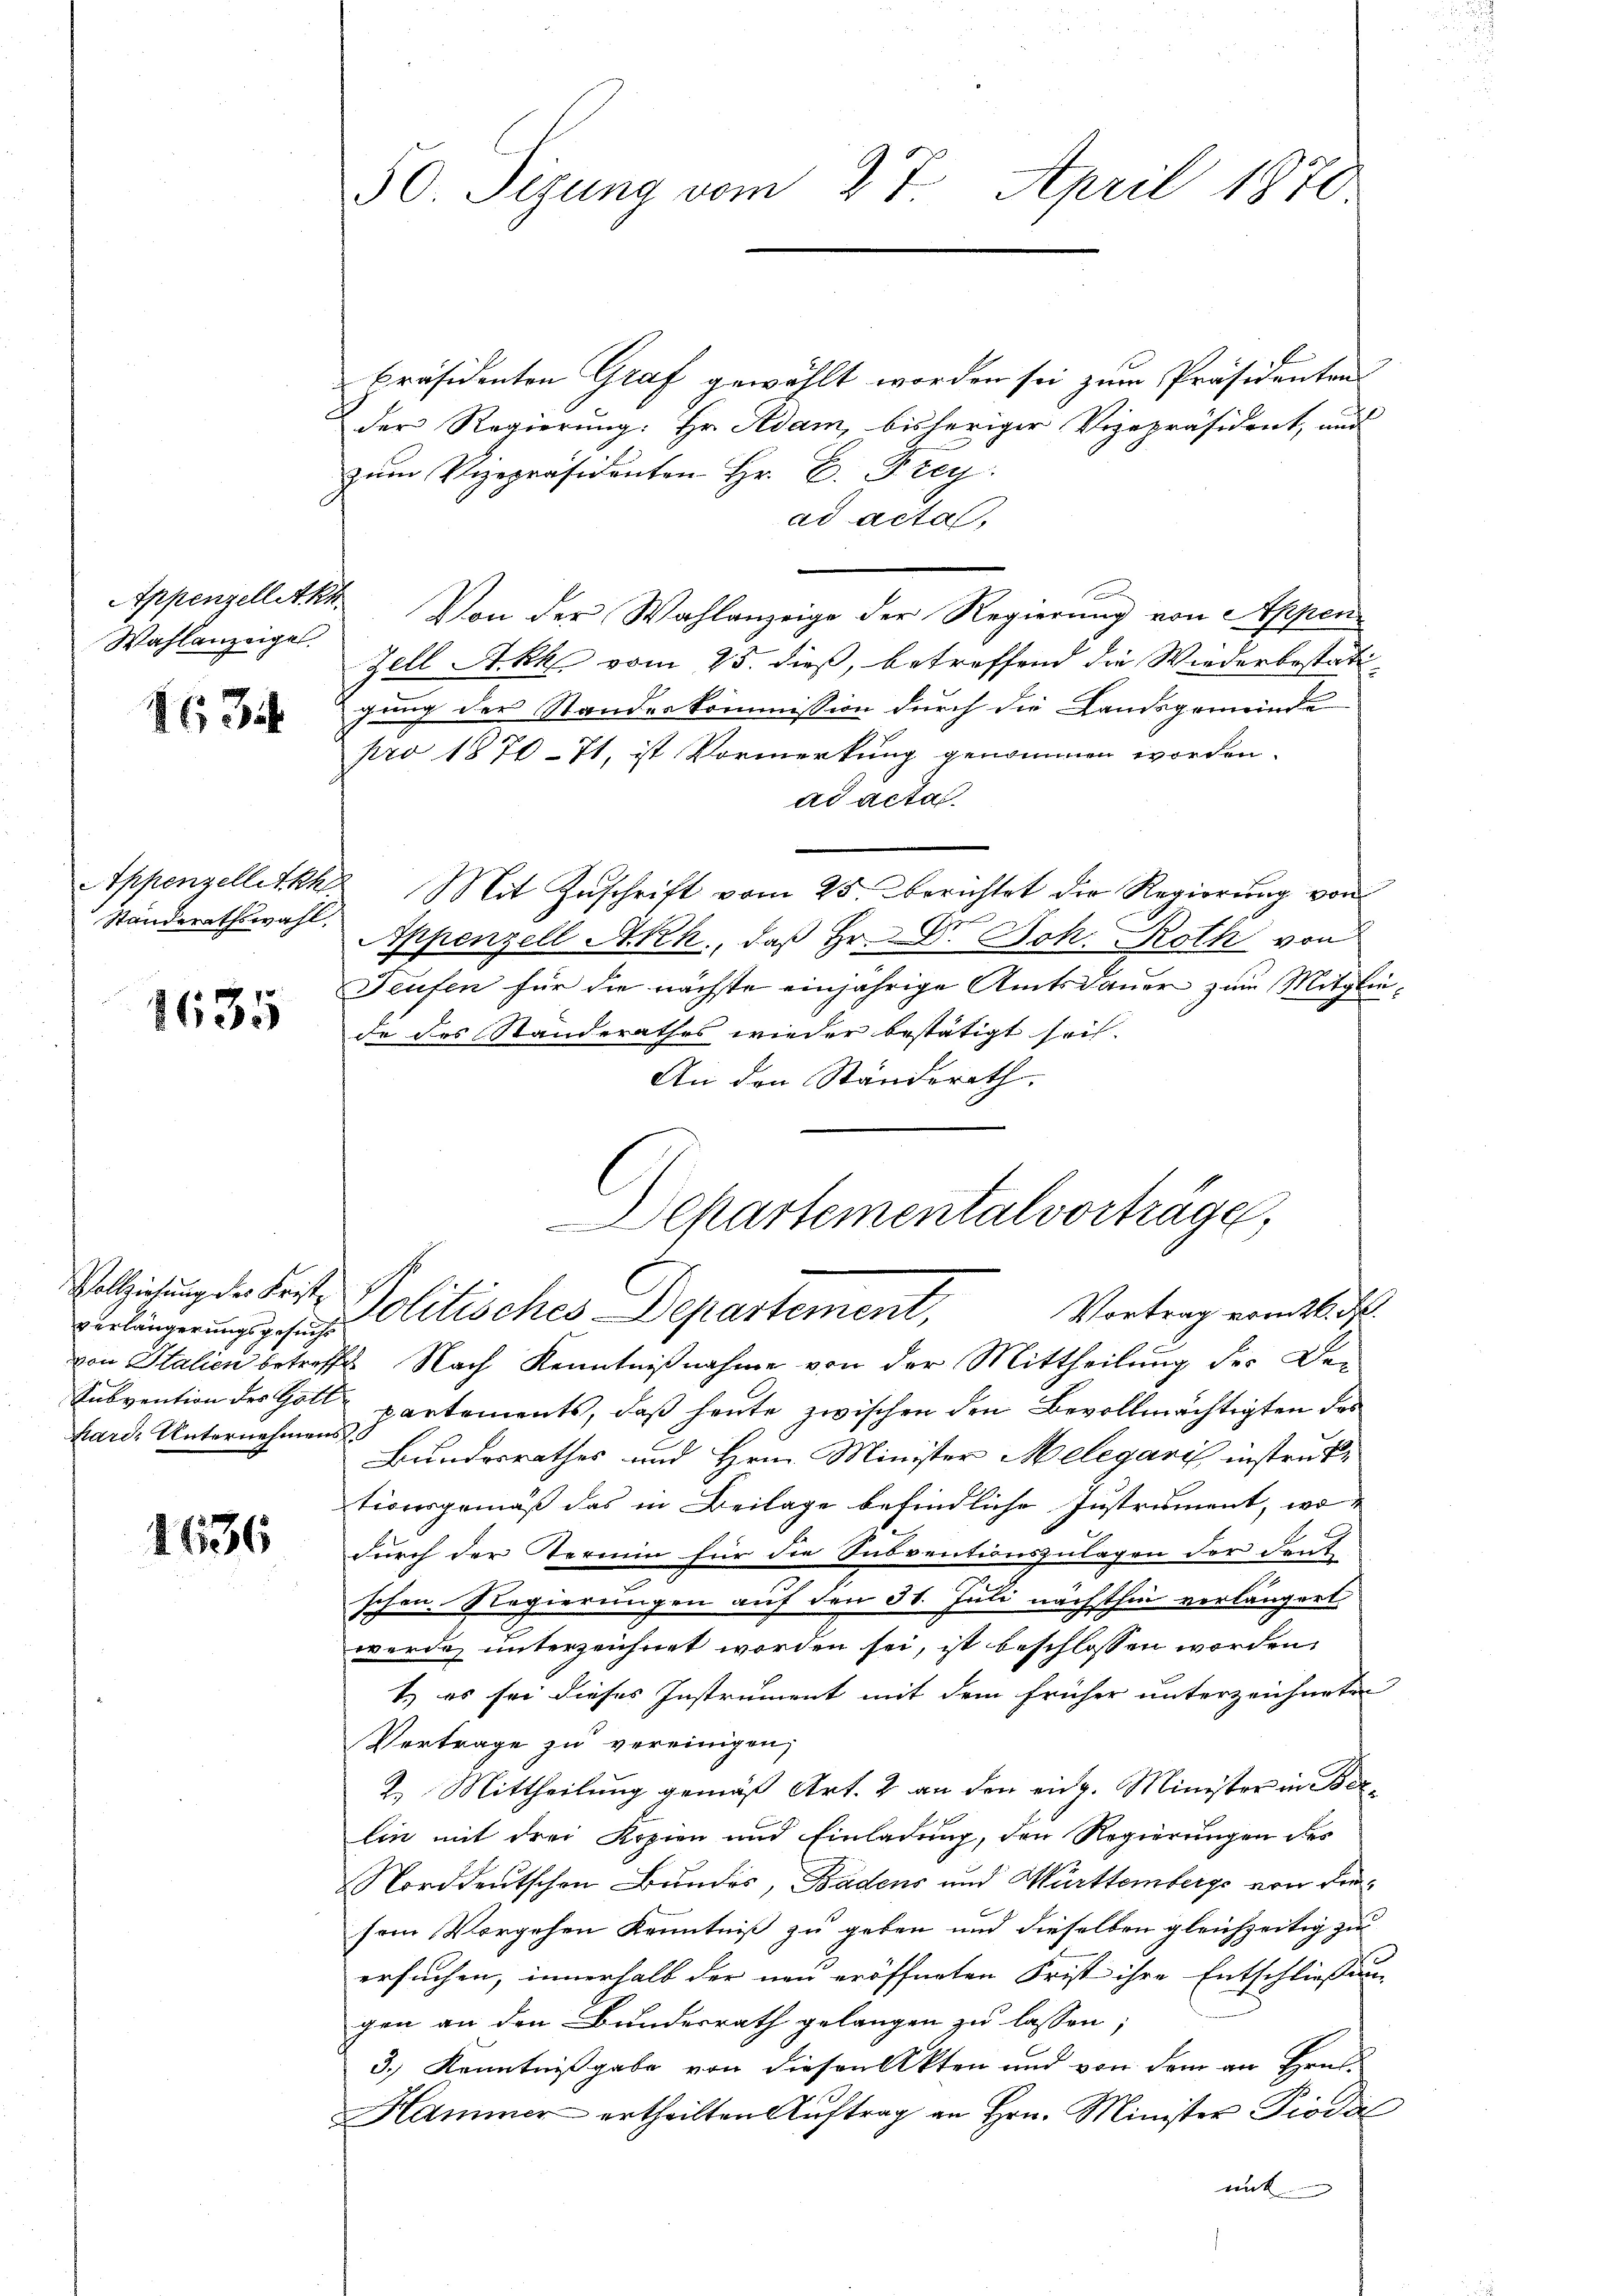
Wahlanzeigel.

635

1635

verlängerungsgesuchs
hard. Unternehmens

1636

50. Sizung vom 27. April 1870

Präsidenten Graf gewählt worden sei zum Präsidenten
der Regierung: Hr. Adam, bisheriger Vizepräsident, und
zum Vizepräsidenten Hr. C. Frey.
ad acta,
f
Appenzelletkt. Von der Wahlanzeige der Regierung von Appen
Zell Akk vom 25. dieß, betreffend die Wiederbestattgung der Standeskommission durch die Landsgemeinde
pro 1870 - 7t, ist Vormerkung genommen worden.
ad acta
Appenzelletkh. Mit Zŭschrift vom 25. berichtet die Regierŭng von
Standerathswahl. Appenzell Akh., daß Hr. Dr. Joh. Roth von
Teufen für die nächste einjährige Amtsdauer zum Mitgliede des Standerathes wieder bestätigt sei.
An den Ständerath,
Departementalvorträge,
Vollziehung der Friste Politisches Departement,
Vortrag vom 26. d.
von Italien betreffe. Nach Kenntnißnahme von der Mittheilung der De-
Subvention der Gott partements, daß heute zwischen den Bevollmächtigten des
Bundesrathes und Hrn. Minister Melegaris instruktionsgemäß das in Beilage befindliche Instrument, wo-
durch der Termin für die Subventionszulagen der deut
schon, Regierungen auf den 31. Juli nächsthin verlängert
werde unterzeichnet worden sei, ist beschlossen worden,
t.) es sei dieses Instrument mit dem früher unterzeichnete
Vertrage zu vereinigen;
2.) Mittheilung gemäß Art. 2 an den eidg. Minister in Berlin mit drei Kopien und Einladung, den Regierungen des
Norddeutschen Bundes, Badens und Württemberge von diesom Vorgehen Kenntniß zu geben und dieselben gleichzeitig zu
ersuchen, innerhalb der neu eröffneten Frist ihre Entschliessen
gen an den Bundesrath gelangen zu lassen;
3.) Kenntnißgabe von diesen Akten und von dem an Hrn.
Hammer ertheilten Aŭftrag an Hrn. Minister Piodal
mit